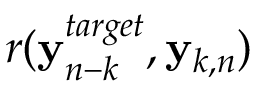
r ( { \bf y } _ { n - k } ^ { t a r g e t } , { \bf y } _ { k , n } )